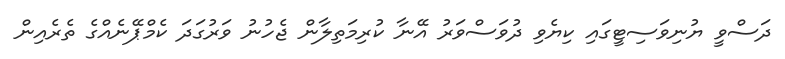
ދަސްވީ ޔުނިވަސިޓީގައި ކިޔެވި ދުވަސްވަރު އޭނާ ކުރިމަތިލާން ޖެހުނު ވަރުގަދަ ކެމްޕޭނެއްގެ ތެރެއިން